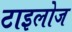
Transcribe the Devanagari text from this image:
टाइलोज